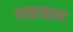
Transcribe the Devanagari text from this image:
सकाळच्य